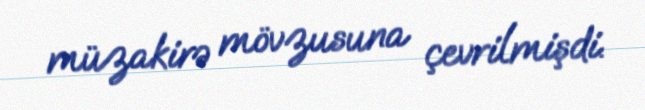
müzakirə mövzusuna çevrilmişdi.